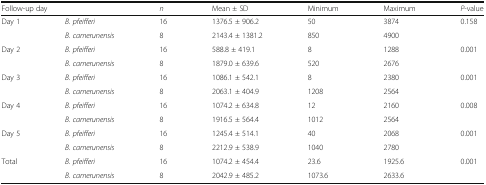
<table><thead><tr><td colspan="2"><b>Follow-up day</b></td><td><b><i>n</i></b></td><td><b>Mean ± SD</b></td><td><b>Minimum</b></td><td><b>Maximum</b></td><td><b><i>P</i>-value</b></td></tr></thead><tbody><tr><td rowspan="2">Day 1</td><td><i>B. pfeifferi</i></td><td>16</td><td>1376.5 ± 906.2</td><td>50</td><td>3874</td><td rowspan="2">0.158</td></tr><tr><td><i>B. camerunensis</i></td><td>8</td><td>2143.4 ± 1381.2</td><td>850</td><td>4900</td></tr><tr><td rowspan="2">Day 2</td><td><i>B. pfeifferi</i></td><td>16</td><td>588.8 ± 419.1</td><td>8</td><td>1288</td><td rowspan="2">0.001</td></tr><tr><td><i>B. camerunensis</i></td><td>8</td><td>1879.0 ± 639.6</td><td>520</td><td>2676</td></tr><tr><td rowspan="2">Day 3</td><td><i>B. pfeifferi</i></td><td>16</td><td>1086.1 ± 542.1</td><td>8</td><td>2380</td><td rowspan="2">0.001</td></tr><tr><td><i>B. camerunensis</i></td><td>8</td><td>2063.1 ± 404.9</td><td>1208</td><td>2564</td></tr><tr><td rowspan="2">Day 4</td><td><i>B. pfeifferi</i></td><td>16</td><td>1074.2 ± 634.8</td><td>12</td><td>2160</td><td rowspan="2">0.008</td></tr><tr><td><i>B. camerunensis</i></td><td>8</td><td>1916.5 ± 564.4</td><td>1012</td><td>2564</td></tr><tr><td rowspan="2">Day 5</td><td><i>B. pfeifferi</i></td><td>16</td><td>1245.4 ± 514.1</td><td>40</td><td>2068</td><td rowspan="2">0.001</td></tr><tr><td><i>B. camerunensis</i></td><td>8</td><td>2212.9 ± 538.9</td><td>1040</td><td>2780</td></tr><tr><td rowspan="2">Total</td><td><i>B. pfeifferi</i></td><td>16</td><td>1074.2 ± 454.4</td><td>23.6</td><td>1925.6</td><td rowspan="2">0.001</td></tr><tr><td><i>B. camerunensis</i></td><td>8</td><td>2042.9 ± 485.2</td><td>1073.6</td><td>2633.6</td></tr></tbody></table>